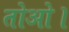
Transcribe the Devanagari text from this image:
तोओ।